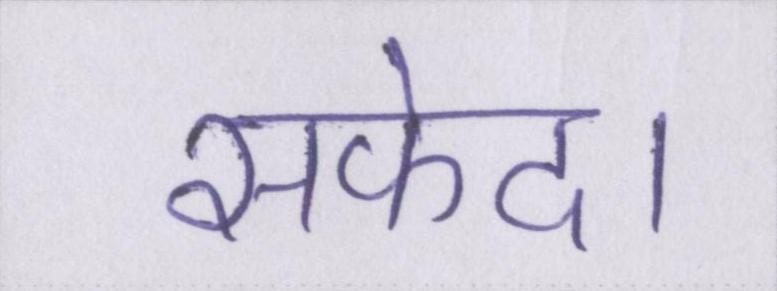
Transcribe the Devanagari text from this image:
सफेद।